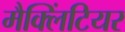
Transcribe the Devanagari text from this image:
मैक्लिंटियर